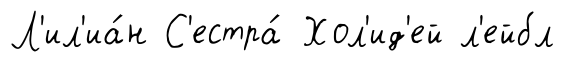
Л'ил'иа́н С'естра́ Хол'ид'ей л'ейбл